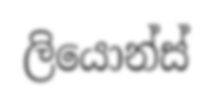
ලියොන්ස්